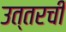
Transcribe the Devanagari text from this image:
उत्तरची